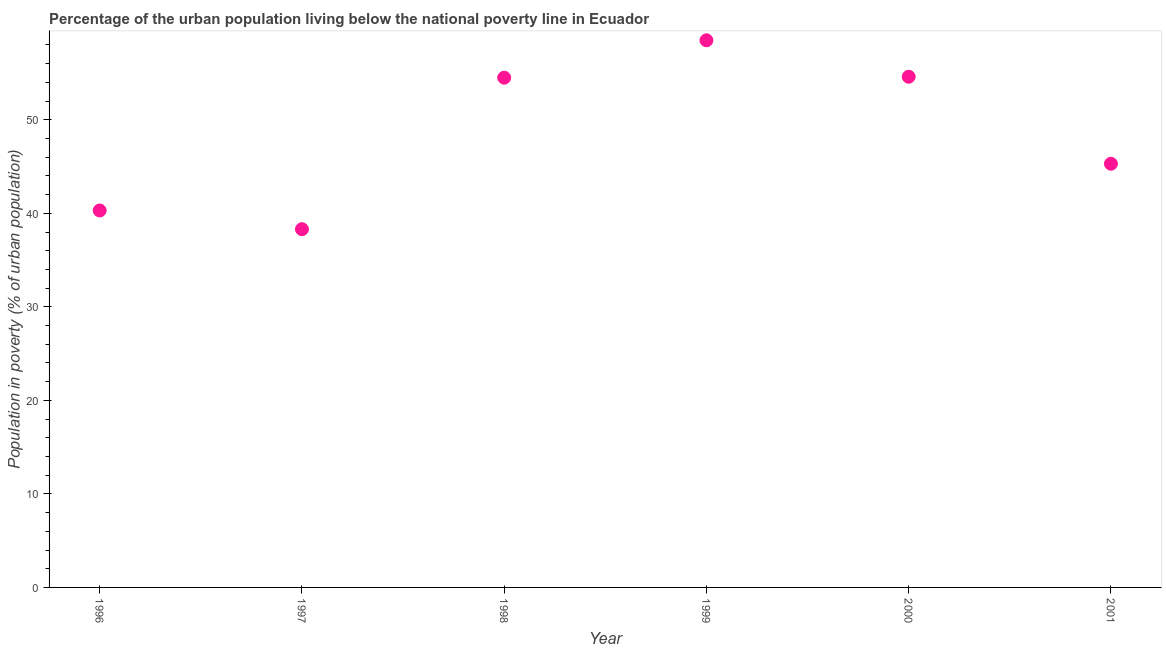
| Year | Urban poverty headcount ratio |
 | --- | --- |
 | 1996 | 40.3 |
 | 1997 | 38.3 |
 | 1998 | 54.5 |
 | 1999 | 58.5 |
 | 2000 | 54.6 |
 | 2001 | 45.3 |